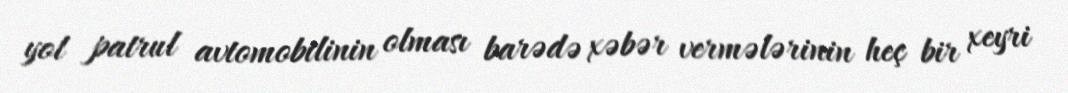
yol patrul avtomobilinin olması barədə xəbər vermələrinin heç bir xeyri